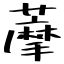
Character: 藦